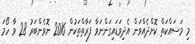
މި މަސައްކަތް ކޮށްދެއްވަން އެދިވަޑައިގަންނަވާ ފަރާތްތަކުން 2016 ނޮވެންބަރު 28 ވާ ހޯމަ